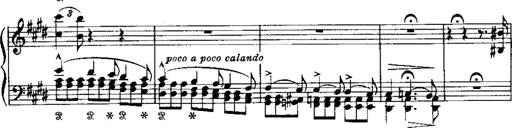
Title: LiebestrÃ¤ume
Composer: Franz Behr
Key: E-flat major